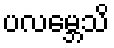
ပလမ္ဘေသိ